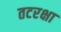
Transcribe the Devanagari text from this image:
तटरक्षा